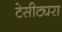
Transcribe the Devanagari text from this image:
टेसीट्यरा